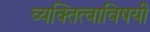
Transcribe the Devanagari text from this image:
व्यक्तित्वाविषयी